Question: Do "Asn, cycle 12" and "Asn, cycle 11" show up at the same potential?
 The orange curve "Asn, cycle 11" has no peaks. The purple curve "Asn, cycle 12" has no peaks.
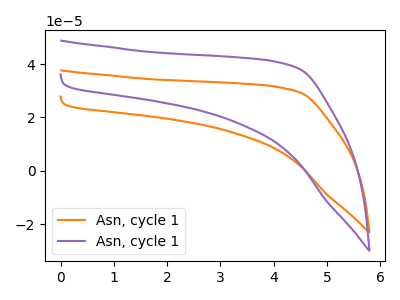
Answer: <think>Neither "Asn, cycle 12" or "Asn, cycle 11" have any peaks.
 </think>
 <answer>"Asn, cycle 12" and "Asn, cycle 11" are similar in shape.</answer>
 <eval>same_shape</eval>